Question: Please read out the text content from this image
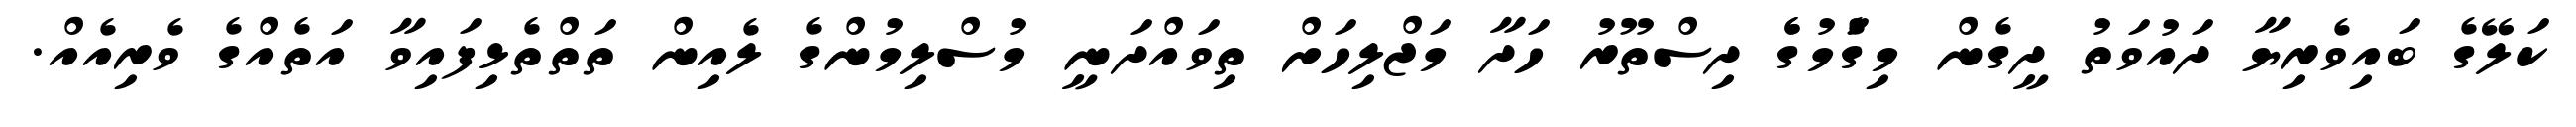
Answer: ކަލޭގެ ބައިވެރިޔާ ދައުވަތު ދީގެން މިގަެުމުގެެ ދިސްތޫރު ހަދާ މަޖްލިހަށް ތިވައްދަނީ މުސްލިމުންގެ ލެއިން ތަތްތެޅިފައިވާ އަތެއްގެ ވެރިއެއް.